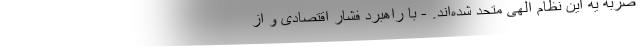
ضربه یه این نظام الهی متحد شده‌اند. - با راهبرد فشار اقتصادی و از